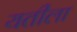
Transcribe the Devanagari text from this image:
यतीला